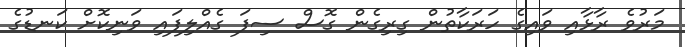
މަރުވެ ރާޅާއި ވައިގެ ހަރަކާތުން ގިރިގެން ގޮސް ސިފަ ގެއްލިފައި ވަނިކޮށް ކަނޑުގެ